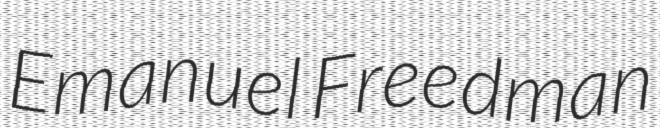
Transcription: Emanuel Freedman